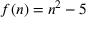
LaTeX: f ( n ) = n ^ { 2 } - 5